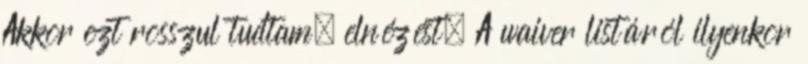
Akkor ezt rosszul tudtam, elnézést. A waiver listáról ilyenkor